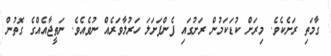
ގާމަތި ރަށެކެވެ. މިރަށް ކުޑަކަމުން ރަށުގައި ފެންފަށަލަ ހަރުލާވަރެއް ނުވެއެވެ. ނަތީޖާއެއްގެ ގޮތުން